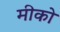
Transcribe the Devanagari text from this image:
मीको